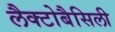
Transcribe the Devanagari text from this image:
लैक्टोबैसिली